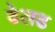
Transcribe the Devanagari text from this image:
ढेलढ